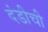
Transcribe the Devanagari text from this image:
दंडीची